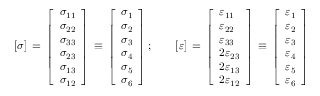
[ { \boldsymbol { \sigma } } ] \, = \, { \left[ \begin{array} { l } { \sigma _ { 1 1 } } \\ { \sigma _ { 2 2 } } \\ { \sigma _ { 3 3 } } \\ { \sigma _ { 2 3 } } \\ { \sigma _ { 1 3 } } \\ { \sigma _ { 1 2 } } \end{array} \right] } \, \equiv \, { \left[ \begin{array} { l } { \sigma _ { 1 } } \\ { \sigma _ { 2 } } \\ { \sigma _ { 3 } } \\ { \sigma _ { 4 } } \\ { \sigma _ { 5 } } \\ { \sigma _ { 6 } } \end{array} \right] } \, ; \qquad [ { \boldsymbol { \varepsilon } } ] \, = \, { \left[ \begin{array} { l } { \varepsilon _ { 1 1 } } \\ { \varepsilon _ { 2 2 } } \\ { \varepsilon _ { 3 3 } } \\ { 2 \varepsilon _ { 2 3 } } \\ { 2 \varepsilon _ { 1 3 } } \\ { 2 \varepsilon _ { 1 2 } } \end{array} \right] } \, \equiv \, { \left[ \begin{array} { l } { \varepsilon _ { 1 } } \\ { \varepsilon _ { 2 } } \\ { \varepsilon _ { 3 } } \\ { \varepsilon _ { 4 } } \\ { \varepsilon _ { 5 } } \\ { \varepsilon _ { 6 } } \end{array} \right] }